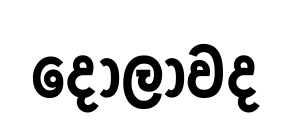
දෝලාවද